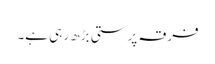
فرقہ پرستی بڑھ ر ہی ہے۔